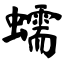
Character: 蠕